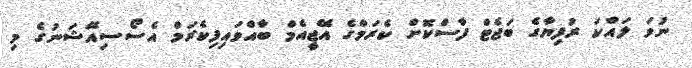
ނުވަ ލައްކަ ރުފިޔާގެ ބަޖެޓް ފާސްކޮށް ކެރަމްގެ އޭޖީއެމް ބާއްވައިފިކެރަމް އެސޯސިއޭޝަނުގެ މި